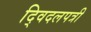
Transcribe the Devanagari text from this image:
द्विदलपत्री